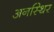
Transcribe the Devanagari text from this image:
अनस्थिर